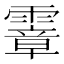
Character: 𩅈